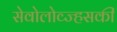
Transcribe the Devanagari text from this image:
सेवोलोव्ज्हसकी